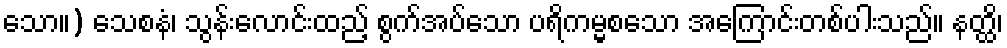
သော။) သေစနံ၊ သွန်းလောင်းထည့် စွက်အပ်သော ပရိကမ္မစသော အကြောင်းတစ်ပါးသည်။ နတ္ထိ၊